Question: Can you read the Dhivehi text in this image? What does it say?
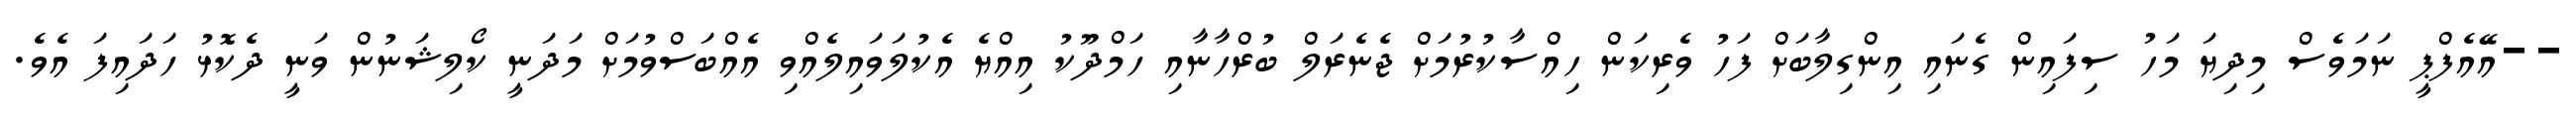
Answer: --އޭއެފްޕީ ނަމަވެސް މިދިޔަ މަހު ސިފައިން ގެނައި އިންގިލާބަށް ފަހު ވެރިކަން ހިއްސާކުރުމަށް ޖެނެރަލް ބުރްހާނާއި ހަމްދޫކު އިއްޔެ އެކުލަވައިލެއްވި އެއްބަސްވުމަށް މަދަނީ ކޯލިޝަނުން ވަނީ ދެކޮޅު ހަދައިފަ އެވެ.